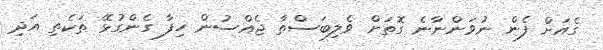
ގެއަށް ފެން ނުވަންނާނެ ގޮތަށް ވެލިބަސްތާ ޖެއްސުން ހިފާ ގެންގުޅޭ ތަކެތި އަދި